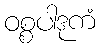
ဝစ္စပါဒုကံ